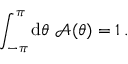
\int _ { - \pi } ^ { \pi } \mathrm { d } \theta \ \mathcal { A } ( \theta ) = 1 \, .